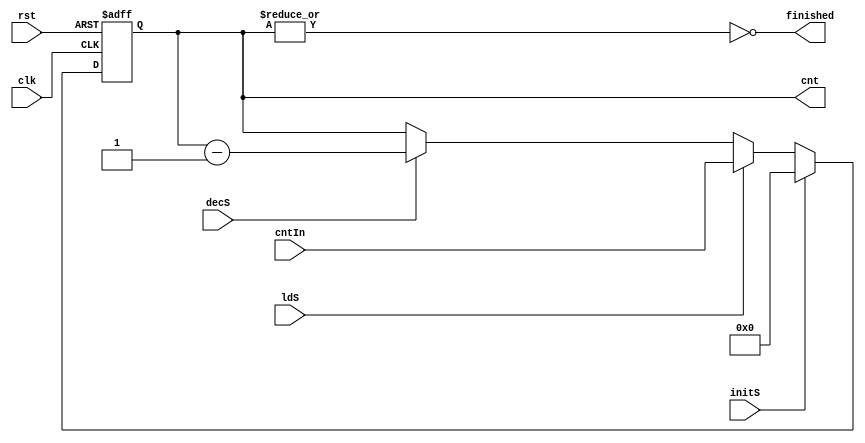
`timescale 1ns/1ns
module SectorsController (
    input clk,
    input rst,
    input initS,
    input ldS,
    input decS,
    input [7:0] cntIn,

    output finished,
    output [7:0] cnt
);

    reg [7:0] cntOut;
    always @(posedge clk, posedge rst) begin
        if (rst)
            cntOut <= 8'b0;
        else if (initS)
            cntOut <= 8'b0;
        else if (ldS)
            cntOut <= cntIn;
        else if (decS)
            cntOut <= cntOut - 8'b0000001;
    end

    assign finished = ~(|cntOut);
    assign cnt = cntOut;

endmodule